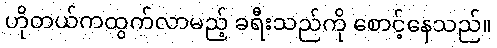
ဟိုတယ်ကထွက်လာမည့် ခရီးသည်ကို စောင့်နေသည်။